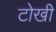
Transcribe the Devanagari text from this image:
टोखी